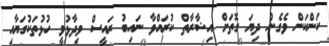
ކަންކަން ވެގެން ދިޔަ ގޮތަށް އިޝާރާތް ކުރައްވާ ނައިބު ރައީސް ވިދާޅުވީ ހުޅުތަކުގަޔާއި